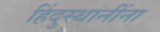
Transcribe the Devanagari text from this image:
हिंदुस्थानींना